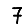
Digit: 7